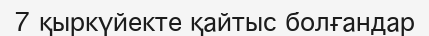
7 қыркүйекте қайтыс болғандар